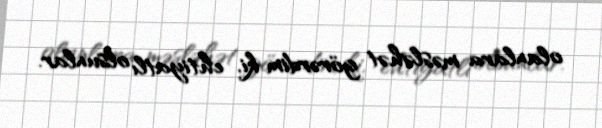
olanlara məsləhət görərdim ki, ehtiyatlı olsunlar.